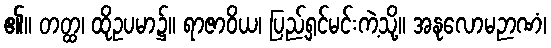
၏။ တတ္ထ၊ ထိုဥပမာ၌။ ရာဇာဝိယ၊ ပြည့်ရှင်မင်းကဲ့သို့။ အနုလောမဉာဏံ၊